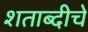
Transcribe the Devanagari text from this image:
शताब्दीचे